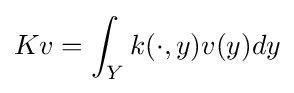
Kv=\int _{Y}k(\cdot ,y)v(y)dy